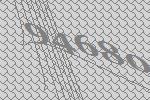
94680